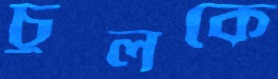
চুলকে